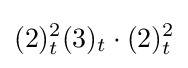
(2)_{t}^{2}(3)_{t}\cdot (2)_{t}^{2}